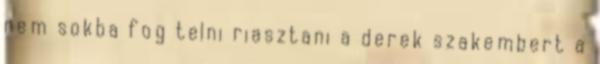
nem sokba fog telni riasztani a derek szakembert a